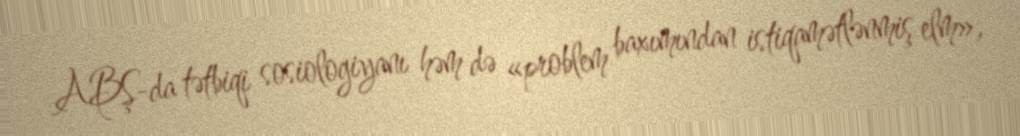
ABŞ-da tətbiqi sosiologiyanı həm də «problem baxımından istiqamətlənmiş elm»,